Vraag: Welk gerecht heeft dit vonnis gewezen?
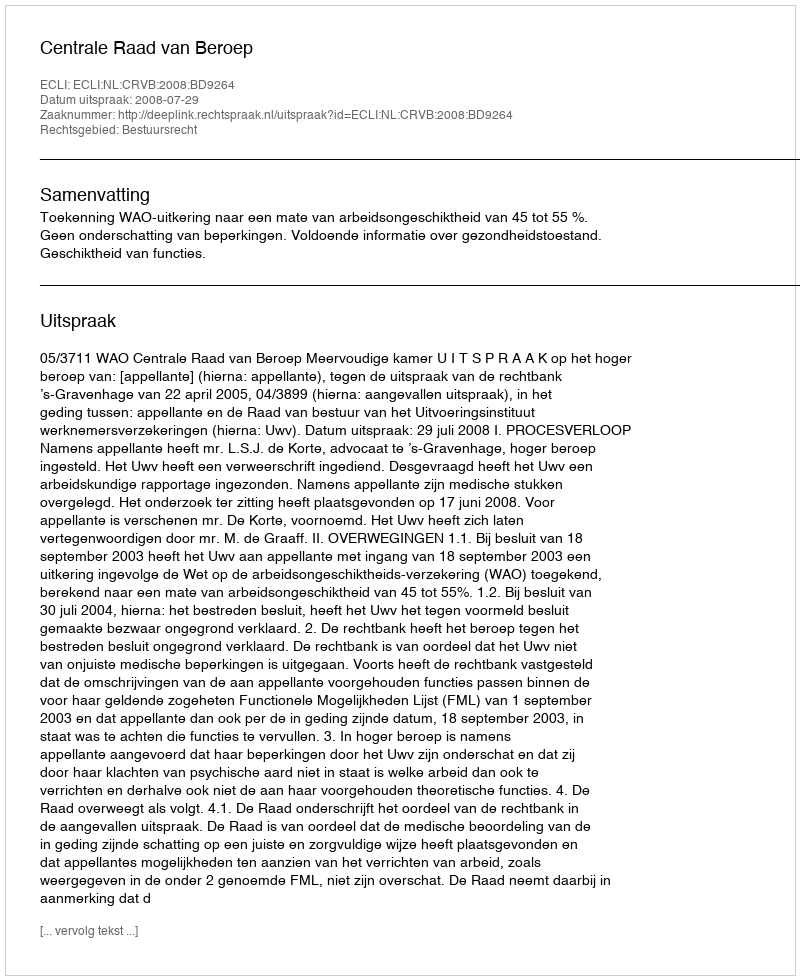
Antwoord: Centrale Raad van Beroep